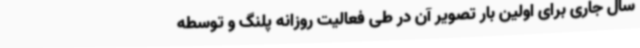
سال جاری برای اولین بار تصویر آن در طی فعالیت روزانه پلنگ و توسطه